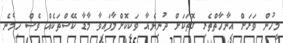
މީހުން ވަރަށް އިނާހާތްތެރި ގޮތަކަށް ދުނިޔެއާ ވަކިކޮށްލާފައިވާ މާޑާ ކޭސްތަކެއް ވެސް ހިމެނެ